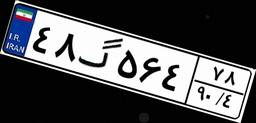
۴۸گ۵۶۴۷۸